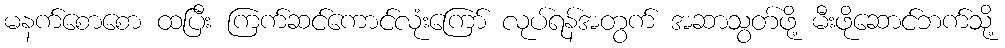
မနက်စောစော ထပြီး ကြက်ဆင်ကောင်လုံးကြော် လုပ်ရန်အတွက် အဆာသွတ်ဖို့ မီးဖိုဆောင်ဘက်သို့